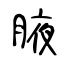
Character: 腋